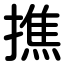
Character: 撨